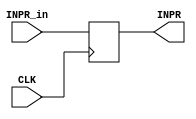
`timescale 1ns / 1ps
//////////////////////////////////////////////////////////////////////////////////
// Company: 
// Engineer: 
// 
// Design Name: 
// Module Name: INPR
// Project Name: 
// Target Devices: 
// Tool Versions: 
// Description: 
// 
// Dependencies: 
// 
// Revision:
// Revision 0.01 - File Created
// Additional Comments:
// 
//////////////////////////////////////////////////////////////////////////////////


module INPR(
input CLK ,
input [7:0] INPR_in   ,
output reg [7:0] INPR 
);

always @(posedge CLK) begin 
INPR <= INPR_in ;
end 

endmodule